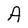
Character: A